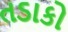
તડાકો